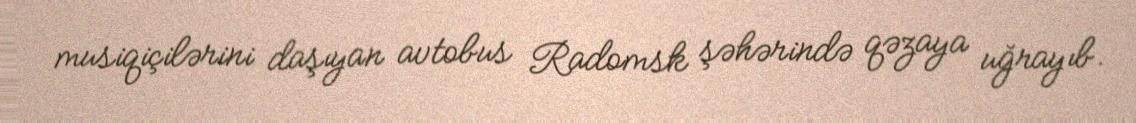
musiqiçilərini daşıyan avtobus Radomsk şəhərində qəzaya uğrayıb.